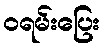
ဝရမ်းပြေး